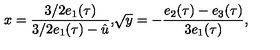
{ \displaystyle x = \frac { 3 / 2 e _ { 1 } ( \tau ) } { 3 / 2 e _ { 1 } ( \tau ) - \hat { u } } , } { \displaystyle \sqrt { y } = - \frac { e _ { 2 } ( \tau ) - e _ { 3 } ( \tau ) } { 3 e _ { 1 } ( \tau ) } , }